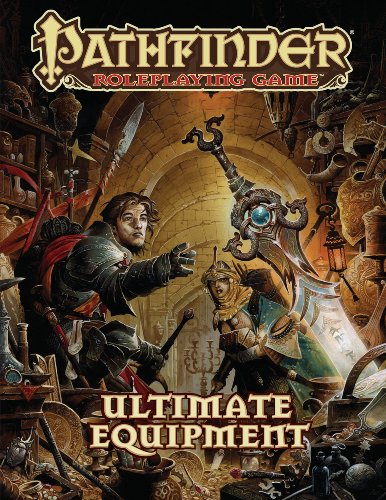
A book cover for Pathfinder Roleplaying Game: Ultimate Equipment; Jason Bulmahn; Science Fiction & Fantasy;